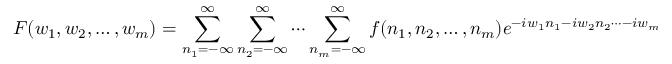
F ( w _ { 1 } , w _ { 2 } , \dots , w _ { m } ) = \sum _ { n _ { 1 } = - \infty } ^ { \infty } \sum _ { n _ { 2 } = - \infty } ^ { \infty } \cdots \sum _ { n _ { m } = - \infty } ^ { \infty } f ( n _ { 1 } , n _ { 2 } , \dots , n _ { m } ) e ^ { - i w _ { 1 } n _ { 1 } - i w _ { 2 } n _ { 2 } \cdots - i w _ { m } n _ { m } }